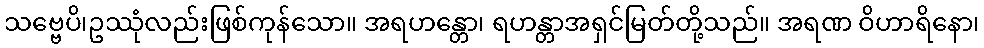
သဗ္ဗေပိ၊ဥဿုံလည်းဖြစ်ကုန်သော။ အရဟန္တော၊ ရဟန္တာအရှင်မြတ်တို့သည်။ အရဏ ဝိဟာရိနော၊